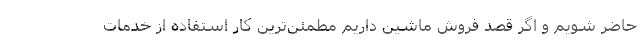
حاضر شویم و اگر قصد فروش ماشین داریم مطمئن‌ترین کار استفاده از خدمات